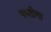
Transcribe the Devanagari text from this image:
पध्तीना